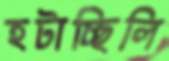
হটাচ্ছিলি